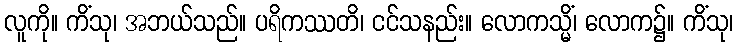
လူကို။ ကိံသု၊ အဘယ်သည်။ ပရိကဿတိ၊ ငင်သနည်း။ လောကသ္မိံ၊ လောက၌။ ကိံသု၊